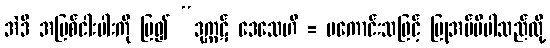
အဲဒီ အပြစ်ငါးပါးကို ပြ၍ “ဒုက္ကဋ် ဒေသေဟိ = မကောင်းသဖြင့် ပြုအပ်မိပါသည်လို့